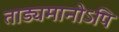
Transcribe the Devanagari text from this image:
ताड्यमानोऽपि